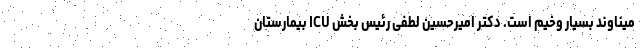
میناوند بسیار وخیم است. دکتر امیرحسین لطفی رئیس بخش ICU بیمارستان